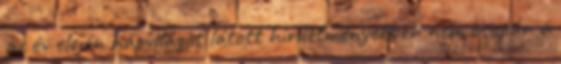
az év elején napvilágot látott hirdetményekben nem csupán a